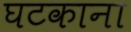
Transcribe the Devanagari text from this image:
घटकाना